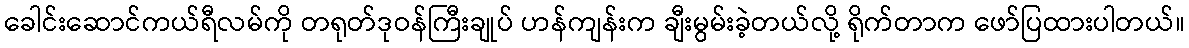
ခေါင်းဆောင်ကယ်ရီလမ်ကို တရုတ်ဒုဝန်ကြီးချုပ် ဟန်ကျန်းက ချီးမွမ်းခဲ့တယ်လို့ ရိုက်တာက ဖော်ပြထားပါတယ်။